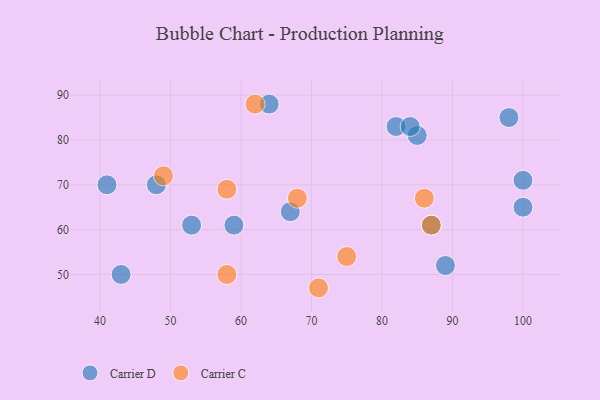
{"axis": {"x": "GDP", "y": "Life Expectancy"}, "legend": ["Carrier C", "Carrier D"], "data": [{"x": "53", "y": 61, "type": "Carrier D"}, {"x": "82", "y": 83, "type": "Carrier D"}, {"x": "98", "y": 85, "type": "Carrier D"}, {"x": "100", "y": 71, "type": "Carrier D"}, {"x": "85", "y": 81, "type": "Carrier D"}, {"x": "100", "y": 65, "type": "Carrier D"}, {"x": "59", "y": 61, "type": "Carrier D"}, {"x": "48", "y": 70, "type": "Carrier D"}, {"x": "67", "y": 64, "type": "Carrier D"}, {"x": "41", "y": 70, "type": "Carrier D"}, {"x": "87", "y": 61, "type": "Carrier D"}, {"x": "64", "y": 88, "type": "Carrier D"}, {"x": "89", "y": 52, "type": "Carrier D"}, {"x": "84", "y": 83, "type": "Carrier D"}, {"x": "43", "y": 50, "type": "Carrier D"}, {"x": "87", "y": 61, "type": "Carrier C"}, {"x": "71", "y": 47, "type": "Carrier C"}, {"x": "58", "y": 50, "type": "Carrier C"}, {"x": "75", "y": 54, "type": "Carrier C"}, {"x": "68", "y": 67, "type": "Carrier C"}, {"x": "62", "y": 88, "type": "Carrier C"}, {"x": "49", "y": 72, "type": "Carrier C"}, {"x": "86", "y": 67, "type": "Carrier C"}, {"x": "58", "y": 69, "type": "Carrier C"}]}